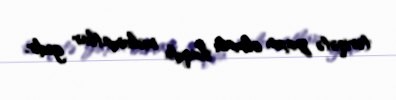
təriqətə yaxın olması haqda məlumatlar gedir.